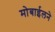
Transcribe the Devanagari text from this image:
मोबाईलने